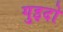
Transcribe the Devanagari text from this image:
गुइदो